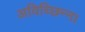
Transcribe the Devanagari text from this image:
अविच्छिन्न।